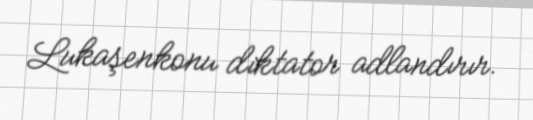
Lukaşenkonu diktator adlandırır.